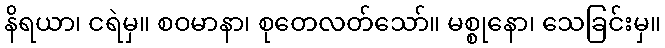
နိရယာ၊ ငရဲမှ။ စဝမာနာ၊ စုတေလတ်သော်။ မစ္စုနော၊ သေခြင်းမှ။